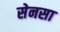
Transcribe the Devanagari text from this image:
सेनसा